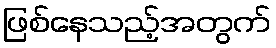
ဖြစ်နေသည့်အတွက်